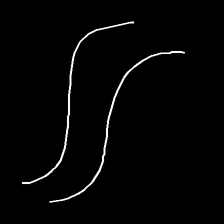
Glyph: float